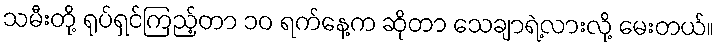
သမီးတို့ ရုပ်ရှင်ကြည့်တာ ၁၀ ရက်နေ့က ဆိုတာ သေချာရဲ့လားလို့ မေးတယ်။